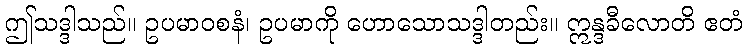
ဤသဒ္ဒါသည်။ ဥပမာဝစနံ၊ ဥပမာကို ဟောသောသဒ္ဒါတည်း။ ဣန္ဒခီလောတိ ဧတံ